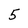
Character: 5